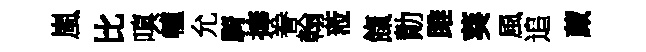
嵐比嗔轤允騎捧眷翰蒞餼勣雎葵風追蕆